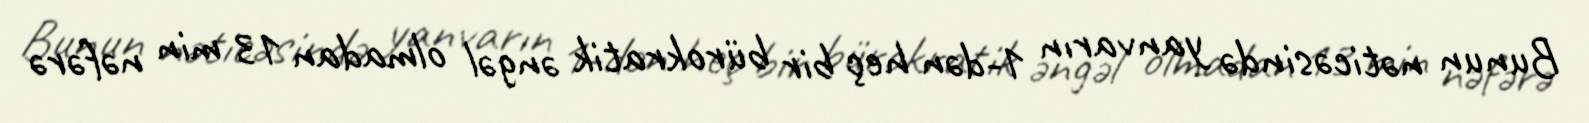
Bunun nəticəsində yanvarın 1-dən heç bir bürokratik əngəl olmadan 13 min nəfərə